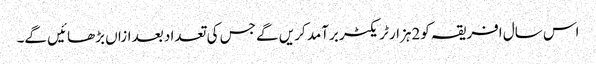
اس سال افریقہ کو2ہزار ٹریکٹر برآمد کریں گے جس کی تعداد بعد ازاں بڑھائیں گے۔